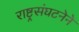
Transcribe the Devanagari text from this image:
राष्ट्रसंघटनेने